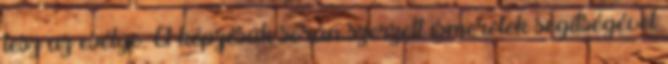
lesz az esélye. A képzésük során szerzett ismeretek segítségével